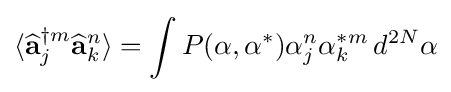
\langle {\widehat {\mathbf {a} }}_{j}^{\dagger m}{\widehat {\mathbf {a} }}_{k}^{n}\rangle =\int P(\mathbf {\alpha } ,\mathbf {\alpha } ^{*})\alpha _{j}^{n}\alpha _{k}^{*m}\,d^{2N}\mathbf {\alpha }